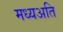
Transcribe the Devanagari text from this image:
मध्यअति